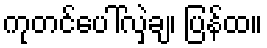
ကုတင်ပေါ်လှဲချ၊ ပြန်ထ။